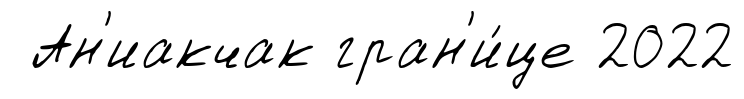
Ан'иакчак гран'и́це 2022